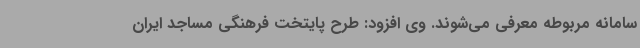
سامانه مربوطه معرفی می‌شوند. وی افزود: طرح پایتخت فرهنگی مساجد ایران